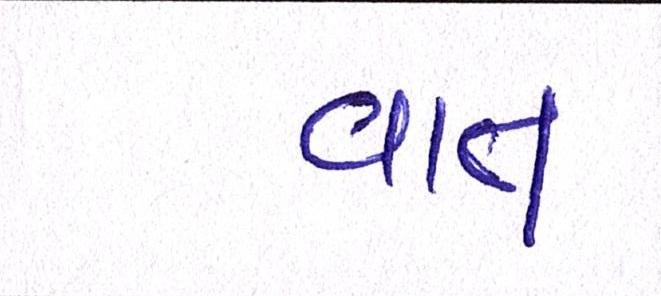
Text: વાત